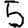
Digit: 5